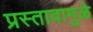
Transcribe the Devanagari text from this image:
प्रस्तावामुळे